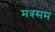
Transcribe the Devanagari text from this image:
मंत्रसम